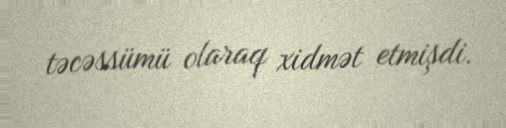
təcəssümü olaraq xidmət etmişdi.